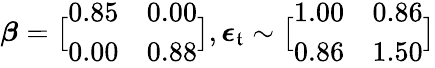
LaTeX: \displaystyle\boldsymbol{\beta}=\bigl[\begin{array}{ll}{0.85}&{0.00}\\ {0.00}&{0.88}\end{array}\bigr],\boldsymbol{\epsilon}_{\mathfrak{t}}\sim\bigl[\begin{array}{ll}{1.00}&{0.86}\\ {0.86}&{1.50}\end{array}\bigr]